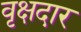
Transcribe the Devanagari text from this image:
वृक्षदार